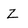
Character: Z